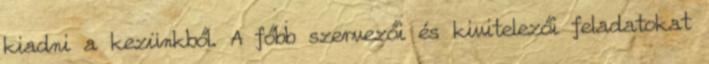
kiadni a kezünkből. A főbb szervezői és kivitelezői feladatokat